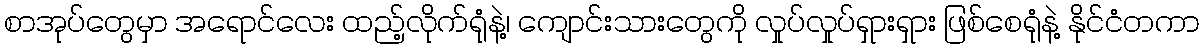
စာအုပ်တွေမှာ အရောင်လေး ထည့်လိုက်ရုံနဲ့၊ ကျောင်းသားတွေကို လှုပ်လှုပ်ရှားရှား ဖြစ်စေရုံနဲ့ နိုင်ငံတကာ